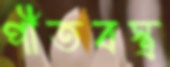
পীতবস্ত্র